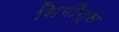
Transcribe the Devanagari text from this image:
सिमौन्स